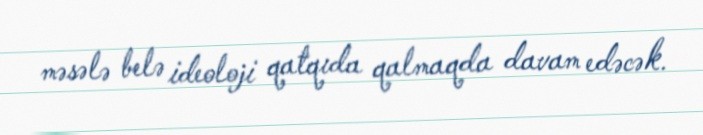
məsələ belə ideoloji qatqıda qalmaqda davam edəcək.